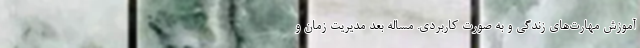
آموزش‌ مهارت‌های زندگی و به صورت کاربردی. مساله بعد مدیریت زمان و